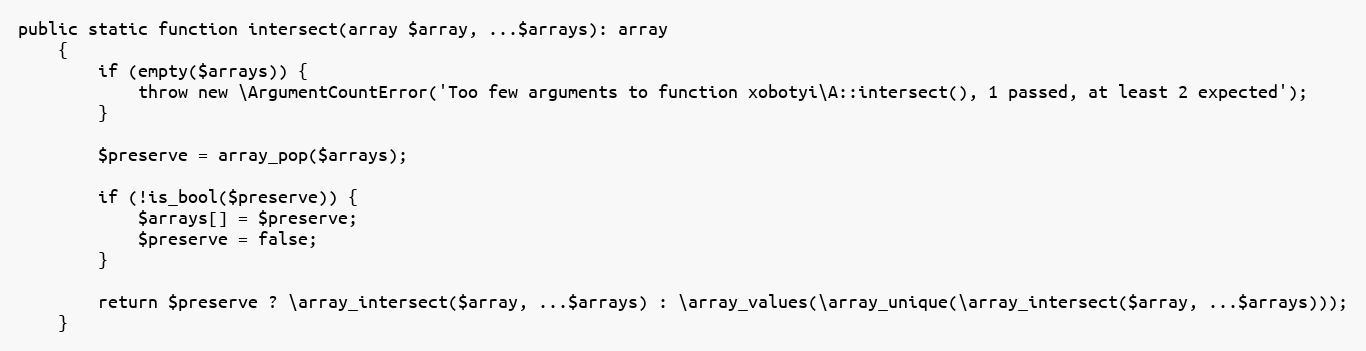
Language: PHP
public static function intersect(array $array, ...$arrays): array
    {
        if (empty($arrays)) {
            throw new \ArgumentCountError('Too few arguments to function xobotyi\A::intersect(), 1 passed, at least 2 expected');
        }

        $preserve = array_pop($arrays);

        if (!is_bool($preserve)) {
            $arrays[] = $preserve;
            $preserve = false;
        }

        return $preserve ? \array_intersect($array, ...$arrays) : \array_values(\array_unique(\array_intersect($array, ...$arrays)));
    }